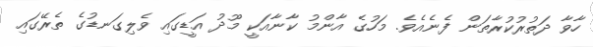
ހާވާ ދަތުރުކުރާތަން ފެނެއެވެ. މަހުގެ އާންމު ކާނާއަކީ މޫދު އަޑީގައި ވެލިގަނޑުގެ ތެރޭގައި